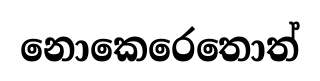
නොකෙරෙතොත්